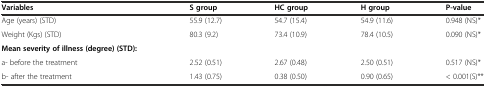
<table><thead><tr><td><b>Variables</b></td><td><b>S group</b></td><td><b>HC group</b></td><td><b>H group</b></td><td><b>P-value</b></td></tr></thead><tbody><tr><td>Age (years) (STD)</td><td>55.9 (12.7)</td><td>54.7 (15.4)</td><td>54.9 (11.6)</td><td>0.948 (NS)*</td></tr><tr><td>Weight (Kgs) (STD)</td><td>80.3 (9.2)</td><td>73.4 (10.9)</td><td>78.4 (10.5)</td><td>0.090 (NS)*</td></tr><tr><td><b>Mean severity of illness (degree) (STD):</b></td><td></td><td></td><td></td><td></td></tr><tr><td>a- before the treatment</td><td>2.52 (0.51)</td><td>2.67 (0.48)</td><td>2.50 (0.51)</td><td>0.517 (NS)*</td></tr><tr><td>b- after the treatment</td><td>1.43 (0.75)</td><td>0.38 (0.50)</td><td>0.90 (0.65)</td><td>&lt; 0.001(S)**</td></tr></tbody></table>